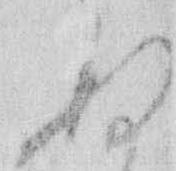
ぬ